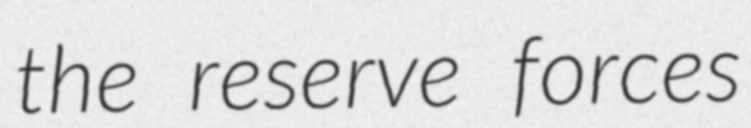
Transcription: the reserve forces